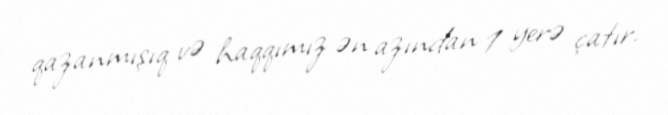
qazanmışıq və haqqımız ən azından 1 yerə çatır.